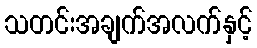
သတင်းအချက်အလက်နှင့်